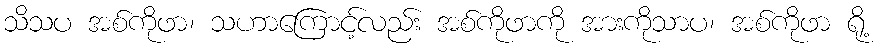
သိသပ အစ်ကိုဖာ၊ သဟာကြောင့်လည်း အစ်ကိုဖာကို အားကိုသာပ၊ အစ်ကိုဖာ ရို့